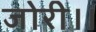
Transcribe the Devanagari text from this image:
जोरी।।